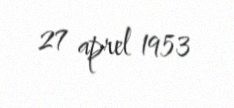
27 aprel 1953